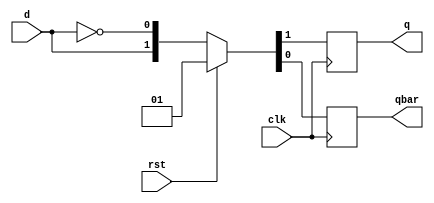
module dff (
    input d, clk, rst, output reg q, qbar
);
    always@(posedge clk) begin
        if(rst)
        {q, qbar} <= {1'b0, 1'b1};
        else
        {q, qbar} <= {d, ~d};
    end
endmodule